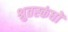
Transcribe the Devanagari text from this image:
श्रुतस्कंधों